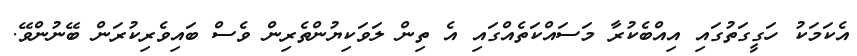
އެކަމަކު ހަގީގަތުގައި އިއްބެކުރާ މަސައްކަތެއްގައި އެ ތިން ލަވަކިޔުންތެރިން ވެސް ބައިވެރިކުރަން ބޭނުންވޭ.